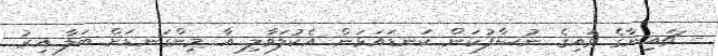
- ޗައިނާގެ ވައިގެ ނުސާފުކަން ކަނޑައަޅަން އެކުލަވާލި އާ މިންގަނޑަށް ބަލާ އިރު